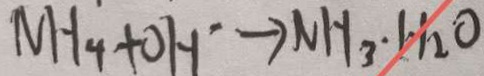
N H _ { 4 } + O H ^ { \cdot } \rightarrow N H _ { 3 } \cdot H _ { 2 } O